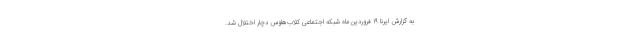
به گزارش ایرنا ۱۹ فروردین‌ماه شبکه اجتماعی کلاب‌هاوس دچار اختلال شد.